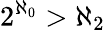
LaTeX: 2^{\aleph_{0}}>\aleph_{2}